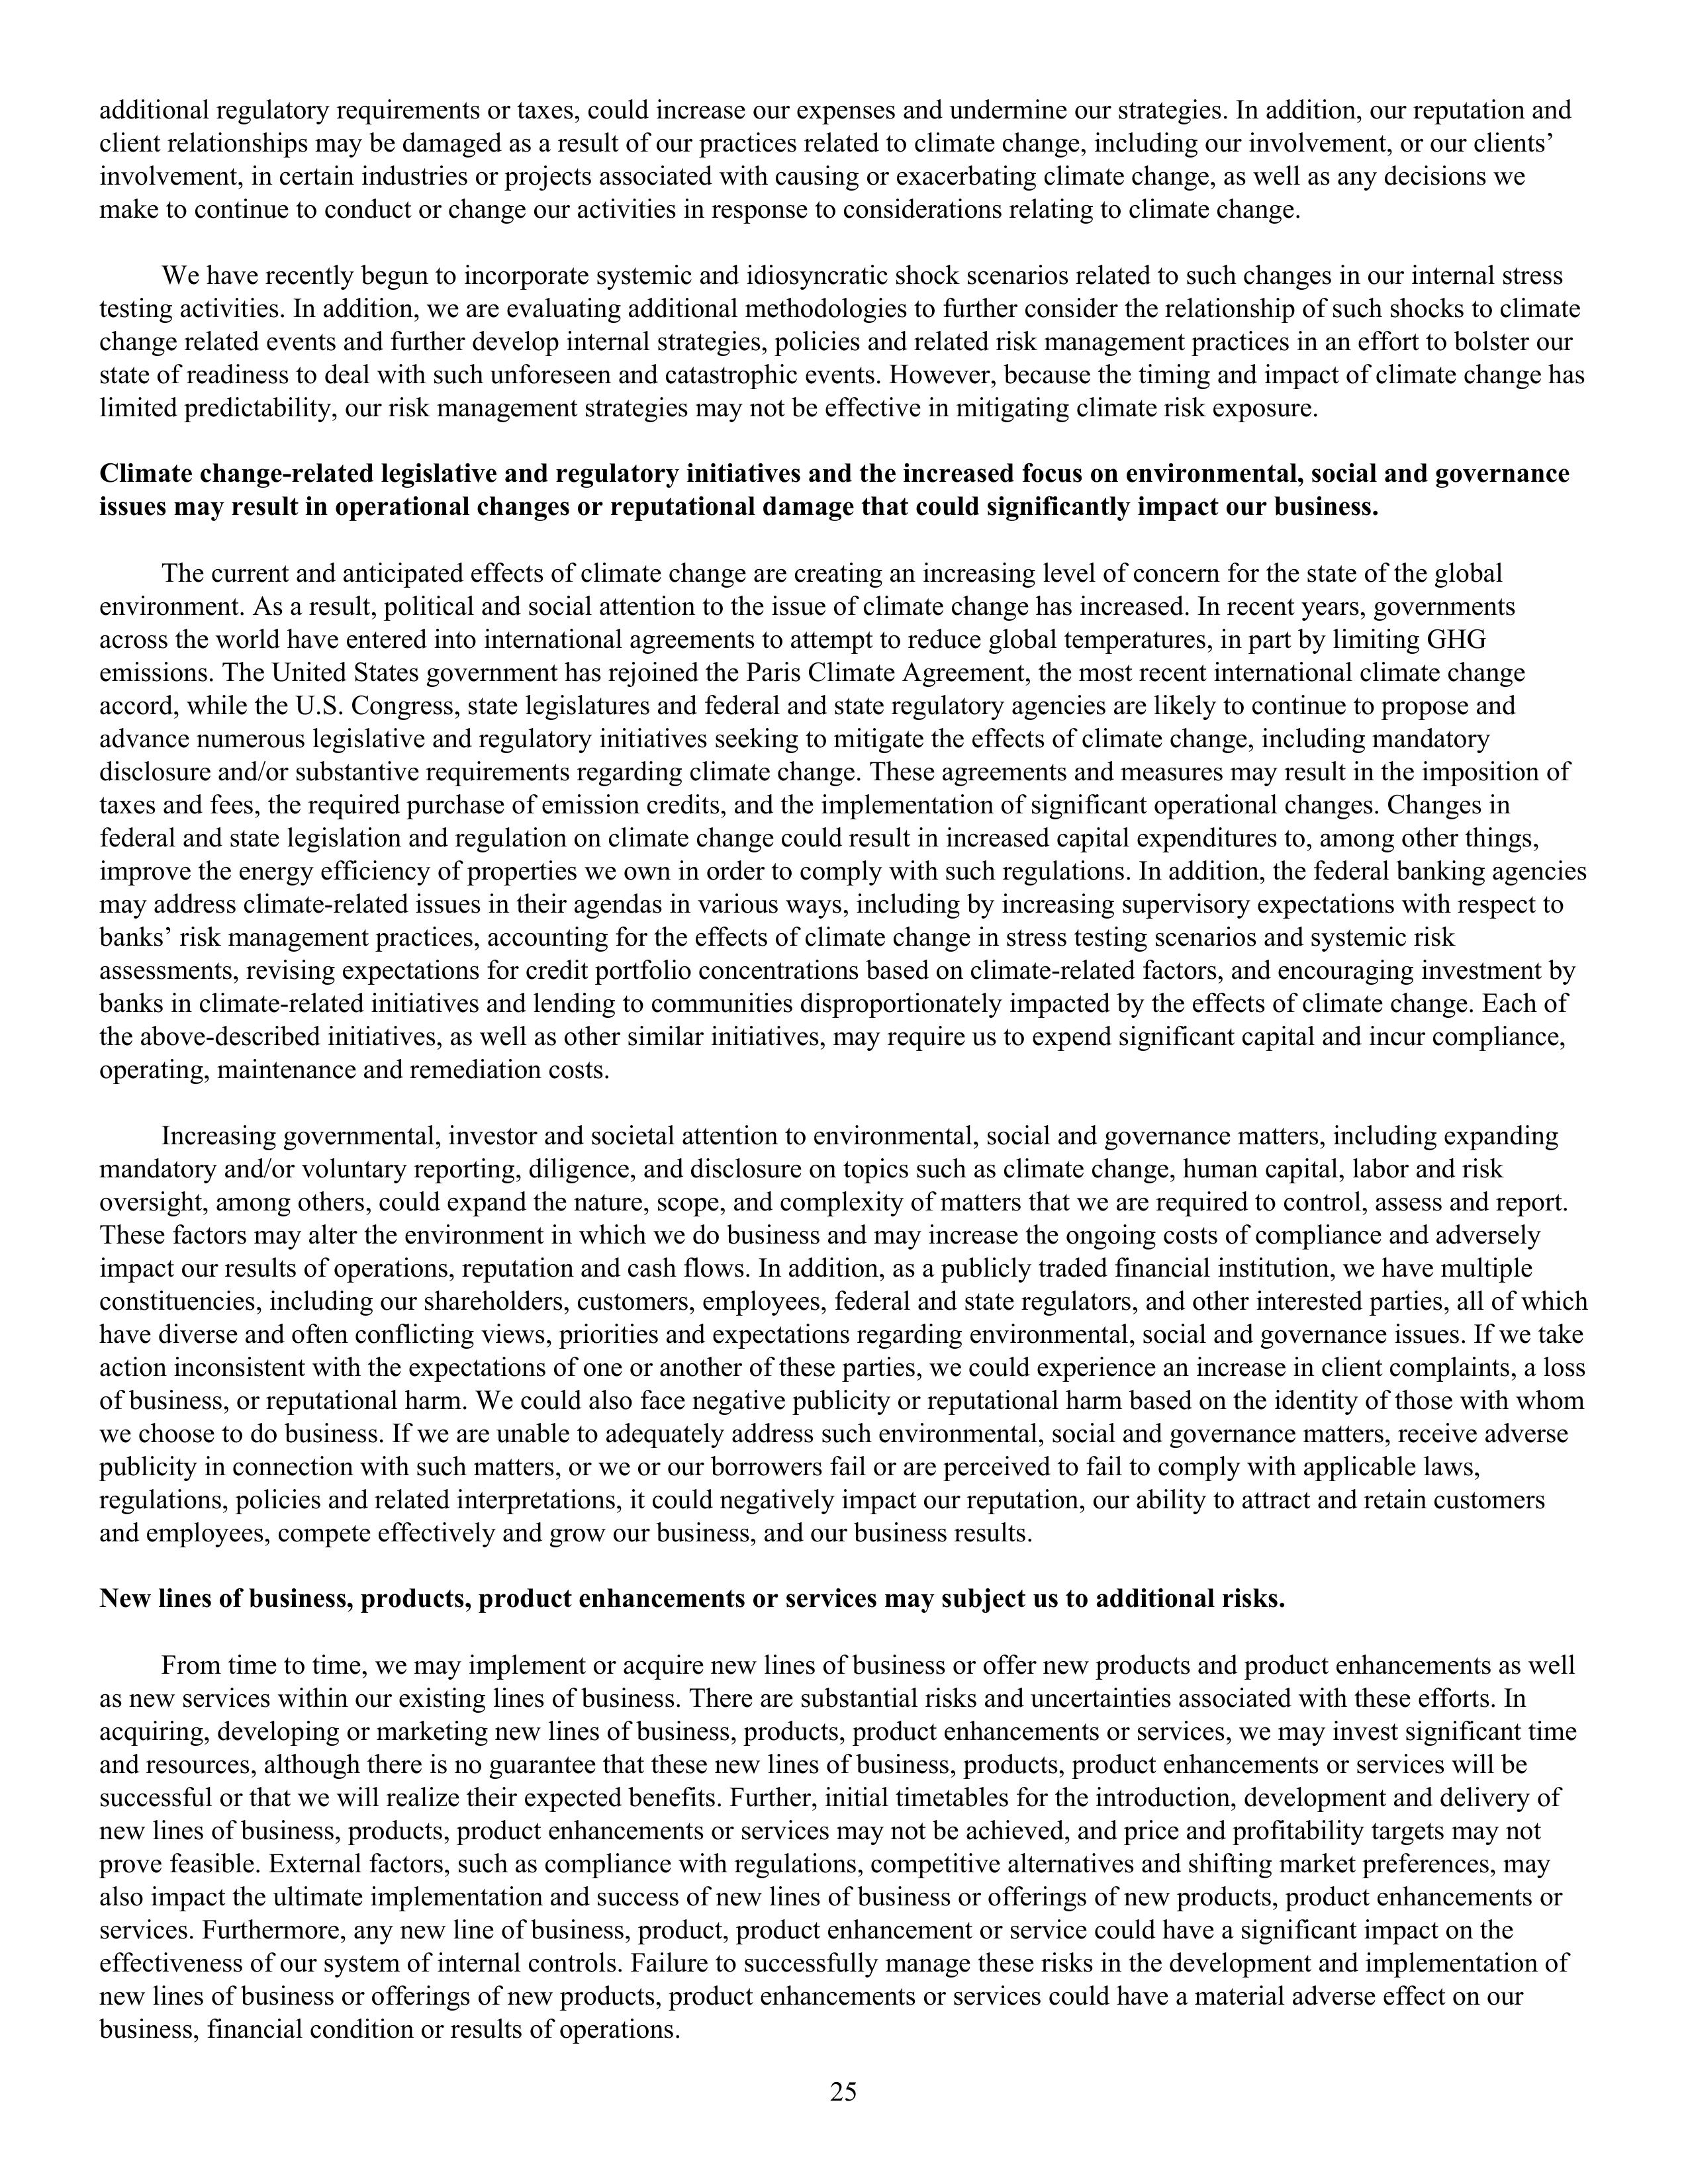
additional regulatory requirements or taxes, could increase our expenses and undermine our strategies. In addition, our reputation and
client relationships may be damaged as a result of our practices related to climate change, including our involvement, or our clients’
involvement, in certain industries or projects associated with causing or exacerbating climate change, as well as any decisions we
make to continue to conduct or change our activities in response to considerations relating to climate change.

We have recently begun to incorporate systemic and idiosyncratic shock scenarios related to such changes in our internal stress
testing activities. In addition, we are evaluating additional methodologies to further consider the relationship of such shocks to climate
change related events and further develop internal strategies, policies and related risk management practices in an effort to bolster our
state of readiness to deal with such unforeseen and catastrophic events. However, because the timing and impact of climate change has
limited predictability, our risk management strategies may not be effective in mitigating climate risk exposure.

Climate change-related legislative and regulatory initiatives and the increased focus on environmental, social and governance
issues may result in operational changes or reputational damage that could significantly impact our business.

The current and anticipated effects of climate change are creating an increasing level of concern for the state of the global
environment. As a result, political and social attention to the issue of climate change has increased. In recent years, governments
across the world have entered into international agreements to attempt to reduce global temperatures, in part by limiting GHG
emissions. The United States government has rejoined the Paris Climate Agreement, the most recent international climate change
accord, while the U.S. Congress, state legislatures and federal and state regulatory agencies are likely to continue to propose and
advance numerous legislative and regulatory initiatives seeking to mitigate the effects of climate change, including mandatory
disclosure and/or substantive requirements regarding climate change. These agreements and measures may result in the imposition of
taxes and fees, the required purchase of emission credits, and the implementation of significant operational changes. Changes in
federal and state legislation and regulation on climate change could result in increased capital expenditures to, among other things,
improve the energy efficiency of properties we own in order to comply with such regulations. In addition, the federal banking agencies
may address climate-related issues in their agendas in various ways, including by increasing supervisory expectations with respect to
banks’ risk management practices, accounting for the effects of climate change in stress testing scenarios and systemic risk
assessments, revising expectations for credit portfolio concentrations based on climate-related factors, and encouraging investment by
banks in climate-related initiatives and lending to communities disproportionately impacted by the effects of climate change. Each of
the above-described initiatives, as well as other similar initiatives, may require us to expend significant capital and incur compliance,
operating, maintenance and remediation costs.

Increasing governmental, investor and societal attention to environmental, social and governance matters, including expanding
mandatory and/or voluntary reporting, diligence, and disclosure on topics such as climate change, human capital, labor and risk
oversight, among others, could expand the nature, scope, and complexity of matters that we are required to control, assess and report.
These factors may alter the environment in which we do business and may increase the ongoing costs of compliance and adversely
impact our results of operations, reputation and cash flows. In addition, as a publicly traded financial institution, we have multiple
constituencies, including our shareholders, customers, employees, federal and state regulators, and other interested parties, all of which
have diverse and often conflicting views, priorities and expectations regarding environmental, social and governance issues. If we take
action inconsistent with the expectations of one or another of these parties, we could experience an increase in client complaints, a loss
of business, or reputational harm. We could also face negative publicity or reputational harm based on the identity of those with whom
we choose to do business. If we are unable to adequately address such environmental, social and governance matters, receive adverse
publicity in connection with such matters, or we or our borrowers fail or are perceived to fail to comply with applicable laws,
regulations, policies and related interpretations, it could negatively impact our reputation, our ability to attract and retain customers
and employees, compete effectively and grow our business, and our business results.

New lines of business, products, product enhancements or services may subject us to additional risks.

From time to time, we may implement or acquire new lines of business or offer new products and product enhancements as well
as new services within our existing lines of business. There are substantial risks and uncertainties associated with these efforts. In
acquiring, developing or marketing new lines of business, products, product enhancements or services, we may invest significant time
and resources, although there is no guarantee that these new lines of business, products, product enhancements or services will be
successful or that we will realize their expected benefits. Further, initial timetables for the introduction, development and delivery of
new lines of business, products, product enhancements or services may not be achieved, and price and profitability targets may not
prove feasible. External factors, such as compliance with regulations, competitive alternatives and shifting market preferences, may
also impact the ultimate implementation and success of new lines of business or offerings of new products, product enhancements or
services. Furthermore, any new line of business, product, product enhancement or service could have a significant impact on the
effectiveness of our system of internal controls. Failure to successfully manage these risks in the development and implementation of
new lines of business or offerings of new products, product enhancements or services could have a material adverse effect on our
business, financial condition or results of operations.

25